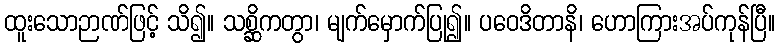
ထူးသောဉာဏ်ဖြင့် သိ၍။ သစ္ဆိကတွာ၊ မျက်မှောက်ပြု၍။ ပဝေဒိတာနိ၊ ဟောကြားအပ်ကုန်ပြီ။